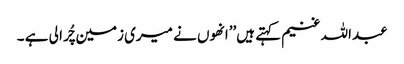
عبداللہ غنیم کہتے ہیں’’انھوں نے میری زمین چُرا لی ہے ۔